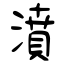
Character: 濆